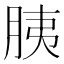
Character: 胰